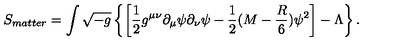
S _ { m a t t e r } = \int \sqrt { - g } \left\{ \left[ { \frac { 1 } { 2 } } g ^ { \mu \nu } \partial _ { \mu } \psi \partial _ { \nu } \psi - { \frac { 1 } { 2 } } ( M - { \frac { R } { 6 } } ) \psi ^ { 2 } \right] - \Lambda \right\} .